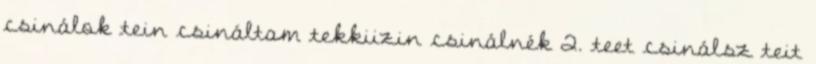
csinálok tein csináltam tekkiizin csinálnék 2. teet csinálsz teit